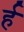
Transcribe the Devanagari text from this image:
र्ह